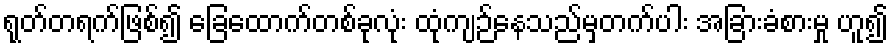
ရုတ်တရက်ဖြစ်၍ ခြေထောက်တစ်ခုလုံး ထုံကျဉ်နေသည်မှတက်ပါး အခြားခံစားမှု ဟူ၍